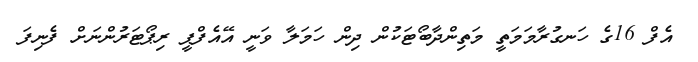
އެފް 16ގެ ހަނގުރާމަމަތީ މަތިންދާބޯޓަކުން ދިން ހަމަލާ ވަނީ އޭއެފްޕީ ރިޕޯޓަރުންނަށް ފެނިފަ